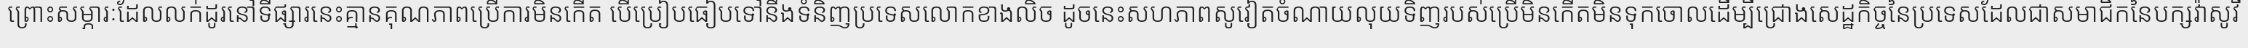
ព្រោះសម្ភារៈដែលលក់ដូរនៅទីផ្សារនេះគ្មានគុណភាពប្រើការមិនកើត បើប្រៀបធៀបទៅនឹងទំនិញប្រទេសលោកខាងលិច ដូចនេះសហភាពសូវៀតចំណាយលុយទិញរបស់ប្រើមិនកើតមិនទុកចោលដើម្បីជ្រោងសេដ្ឋកិច្ចនៃប្រទេសដែលជាសមាជិកនៃបក្សវ៉ាសូវី